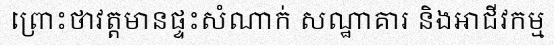
ព្រោះថាវត្តមានផ្ទះសំណាក់ សណ្ឋាគារ និងអាជីវកម្ម